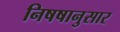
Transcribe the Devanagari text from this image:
निषषानुसार